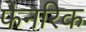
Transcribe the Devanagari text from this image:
फेनरिक